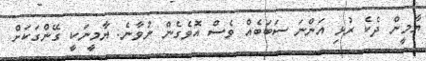
ޔާމީން ދެކެ ރުޅި އަންނަ ސަބަބެއް ވެސް އޮވެގެން ނުވާނެ. ޔާމީނަކީ ގޭންގަކަށް